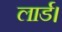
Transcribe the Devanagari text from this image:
लार्ड।